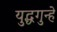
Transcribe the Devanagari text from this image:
युद्धगुन्हे